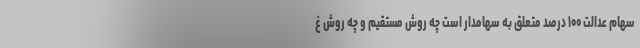
سهام عدالت ۱۰۰ درصد متعلق به سهامدار است چه روش مستقیم و چه روش غ